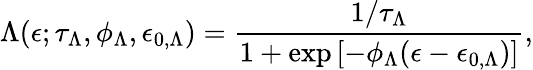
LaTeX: \Lambda(\epsilon;\tau_{\Lambda},\phi_{\Lambda},\epsilon_{0,\Lambda})=\frac{1/\tau_{\Lambda}}{1+\exp{[-\phi_{\Lambda}(\epsilon-\epsilon_{0,\Lambda})}]},